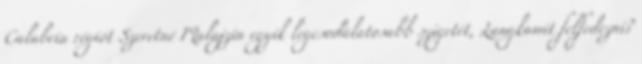
Calabria régiót Szeretné Malajzia egyik legcsodálatosabb szigetét, Langkawit felfedezni?